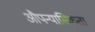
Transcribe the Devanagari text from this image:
औपन्यासिकता